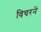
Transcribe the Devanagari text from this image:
विचरनें